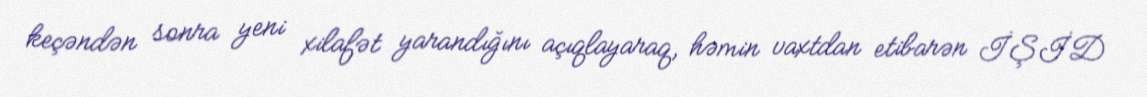
keçəndən sonra yeni xilafət yarandığını açıqlayaraq, həmin vaxtdan etibarən İŞİD